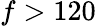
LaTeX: f>120